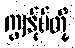
ကျွန်ုပ်တို့